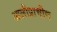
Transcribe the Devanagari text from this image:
आलीप्राचीण